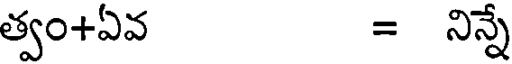
త్వం+ఏవ = నిన్నే